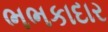
ભભકાદાર